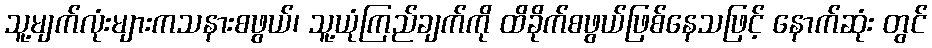
သူ့မျက်လုံးများကသနားစဖွယ်၊ သူ့ယုံကြည်ချက်ကို ထိခိုက်စဖွယ်ဖြစ်နေသဖြင့် နောက်ဆုံး တွင်